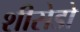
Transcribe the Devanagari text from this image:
शीसेडो